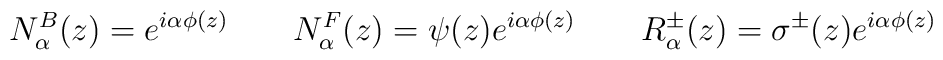
N_\alpha ^B(z)=e^{i\alpha \phi (z)}\qquad N_\alpha ^F(z)=\psi(z)e^{i\alpha \phi (z)}\qquad R_\alpha ^{\pm }(z)=\sigma ^{\pm }(z)e^{i\alpha \phi (z)}